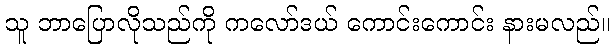
သူ ဘာပြောလိုသည်ကို ကလော်ဒယ် ကောင်းကောင်း နားမလည်။